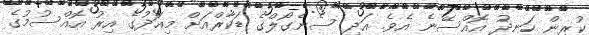
ކުރިން ހަނދު އޮއްސޭނެ އެވެ. އަދި ސެނެގޯލްގެ ޑަކާރްއަށް މިއަދުގެ އިރު އޮއްސުމުގެ